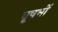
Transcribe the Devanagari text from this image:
वृषभों